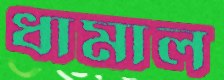
ধামাল